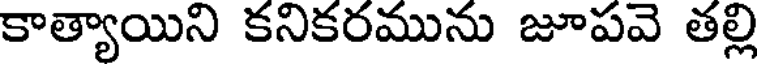
కాత్యాయిని కనికరమును జూపవె తల్లి